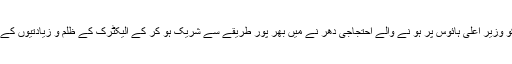
محنت کش 20اپریل کو وزیر اعلیٰ ہائوس پر ہو نے والے احتجاجی دھر نے میں بھر پور طریقے سے شریک ہو کر کے الیکٹرک کے ظلم و زیادتیوں کے خلاف آواز بلند کریں ۔